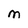
Character: M